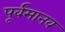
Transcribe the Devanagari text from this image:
पूर्वमानव